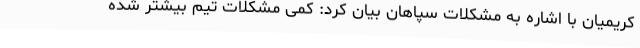
کریمیان با اشاره به مشکلات سپاهان بیان کرد: کمی مشکلات تیم بیشتر شده